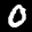
Label: 0